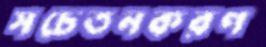
সচেতনকরণ